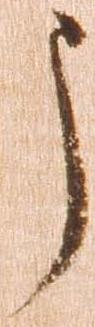
う